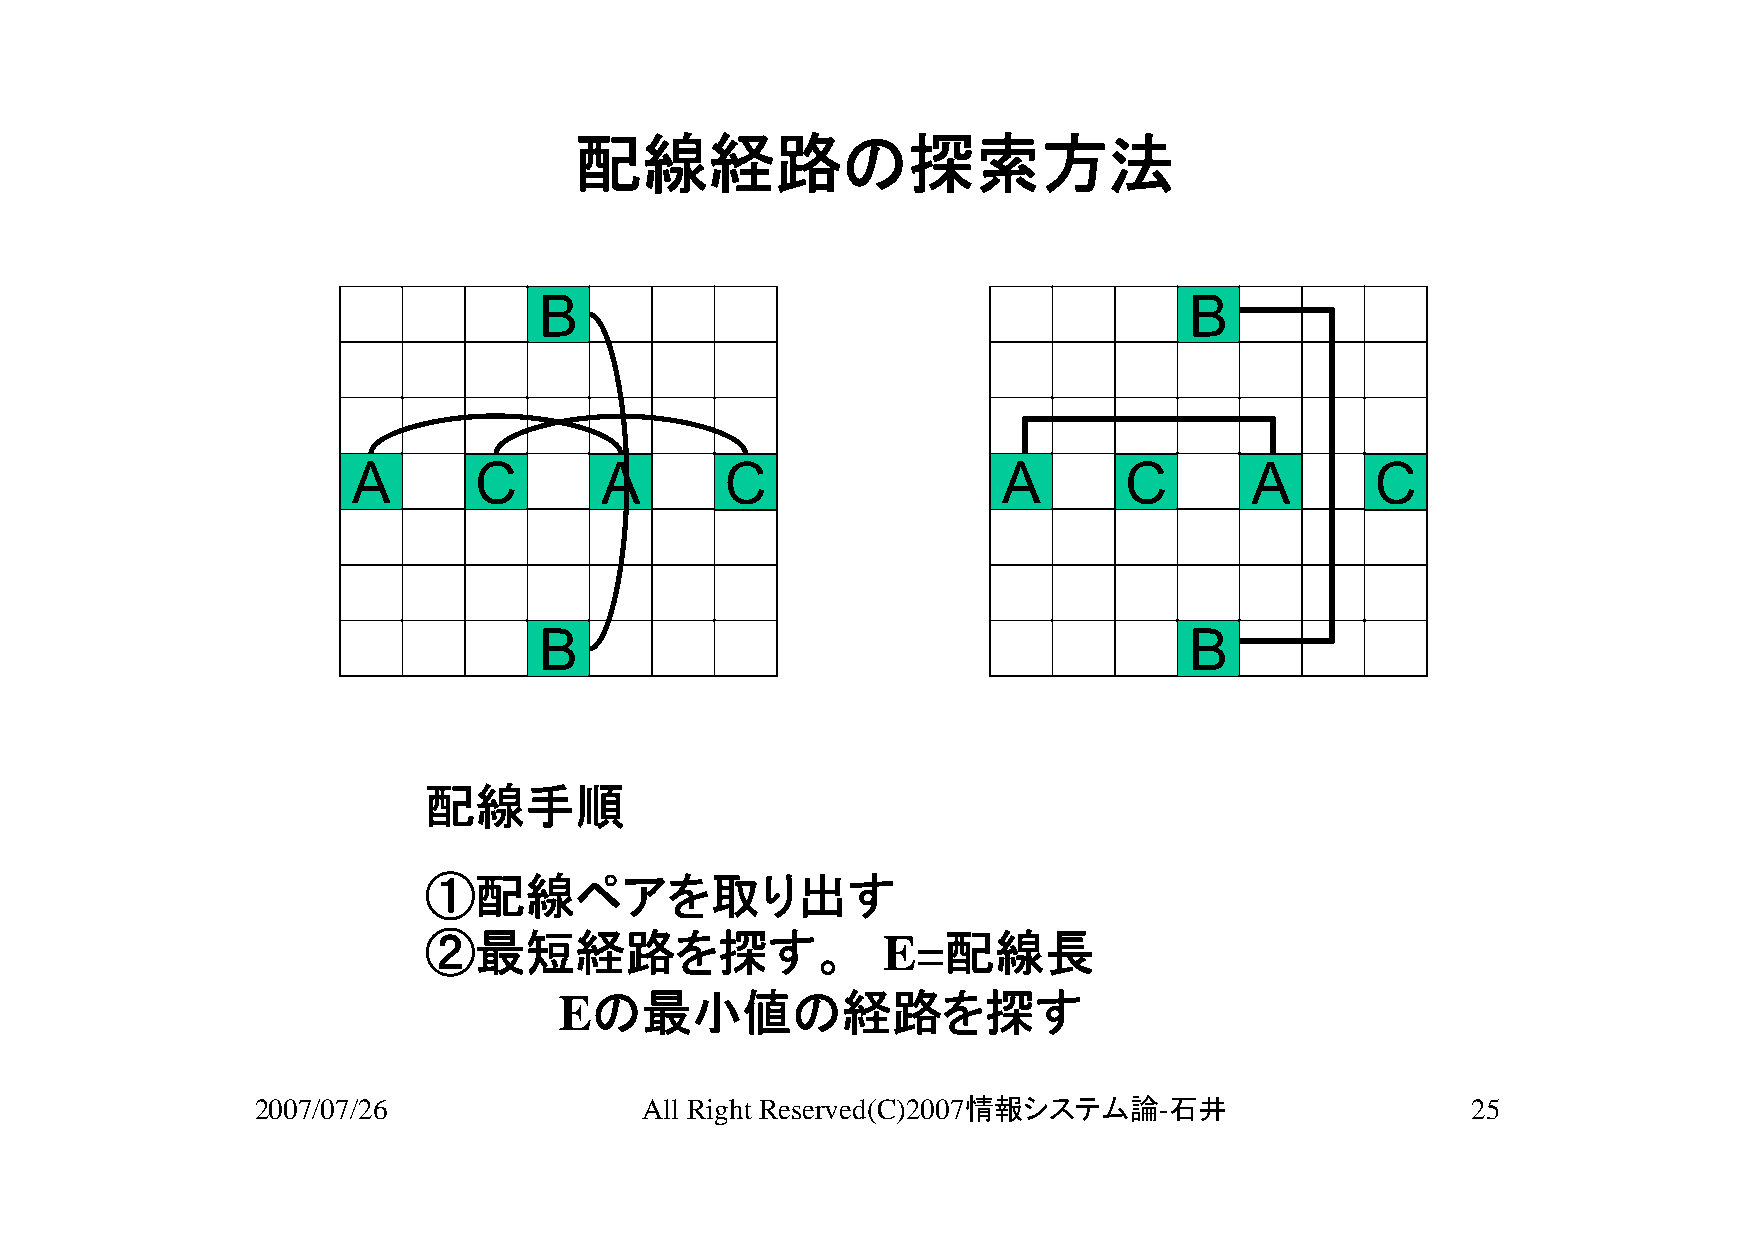
配線経路の探索方法
 B                                          B
 A       C        A       C                 A       C        A       C
 B                                          B
 配線手順
 ①配線ペアを取り出す
 ②最短経路を探す。                     E=配線長
 Eの最小値の経路を探す
 2007/07/26               All Right Reserved(C)2007情報システム論-石井                    25